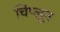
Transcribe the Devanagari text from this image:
चिप्लून